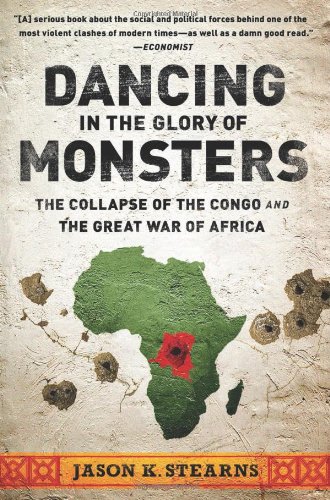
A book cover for Dancing in the Glory of Monsters: The Collapse of the Congo and the Great War of Africa; Jason Stearns; History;